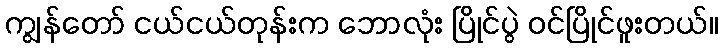
ကျွန်တော် ငယ်ငယ်တုန်းက ဘောလုံး ပြိုင်ပွဲ ဝင်ပြိုင်ဖူးတယ်။